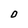
Character: O